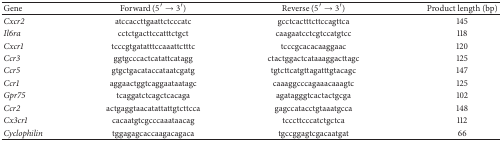
<table><thead><tr><td><b>Gene</b></td><td><b>Forward (5′ → 3′)</b></td><td><b>Reverse (5′ → 3′)</b></td><td><b>Product length (bp)</b></td></tr></thead><tbody><tr><td><i>Cxcr2</i></td><td>atccaccttgaattctcccatc</td><td>gcctcactttcttccagttca</td><td>145</td></tr><tr><td><i>Il6ra</i></td><td>cctctgacttccatttctgct</td><td>caagaatcctcgtccatgtcc</td><td>118</td></tr><tr><td><i>Cxcr1</i></td><td>tcccgtgatatttccaaattctttc</td><td>tcccgcacacaaggaac</td><td>120</td></tr><tr><td><i>Ccr3</i></td><td>ggtgcccactcatattcatagg</td><td>ctactggactcataaaggacttagc</td><td>125</td></tr><tr><td><i>Ccr5</i></td><td>gtgctgacataccataatcgatg</td><td>tgtcttcatgttagatttgtacagc</td><td>147</td></tr><tr><td><i>Ccr1</i></td><td>aggaactggtcaggaataatagc</td><td>caaaggcccagaaacaaagtc</td><td>125</td></tr><tr><td><i>Gpr75</i></td><td>tcaggatctcagctcacaga</td><td>agatagggtcactactgcga</td><td>102</td></tr><tr><td><i>Ccr2</i></td><td>actgaggtaacatattattgtcttcca</td><td>gagccatacctgtaaatgcca</td><td>148</td></tr><tr><td><i>Cx3cr1</i></td><td>cacaatgtcgcccaaataacag</td><td>tcccttcccatctgctca</td><td>112</td></tr><tr><td><i>Cyclophilin</i></td><td>tggagagcaccaagacagaca</td><td>tgccggagtcgacaatgat</td><td>66</td></tr></tbody></table>